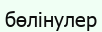
бөлінулер